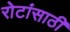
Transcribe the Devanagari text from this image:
रोटांसाठी